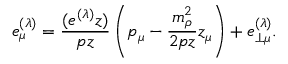
e _ { \mu } ^ { ( \lambda ) } = \frac { ( e ^ { ( \lambda ) } z ) } { p z } \left( p _ { \mu } - \frac { m _ { \rho } ^ { 2 } } { 2 p z } z _ { \mu } \right) + e _ { \perp \mu } ^ { ( \lambda ) } .